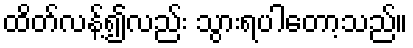
ထိတ်လန့်၍လည်း သွားရပါတော့သည်။